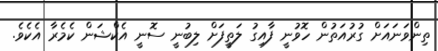
ތިންވަނައަށް ގުރުއަތުން ހޮވުނީ ފާއިގު ލަތީފަށް ލިބުނީ ސޮނީ އެކްޝަން ކެމެރާ އެކެވެ.